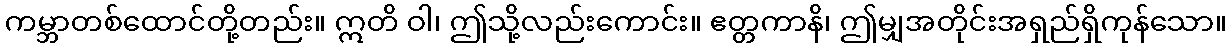
ကမ္ဘာတစ်ထောင်တို့တည်း။ ဣတိ ဝါ၊ ဤသို့လည်းကောင်း။ ဧတ္တကာနိ၊ ဤမျှအတိုင်းအရှည်ရှိကုန်သော။